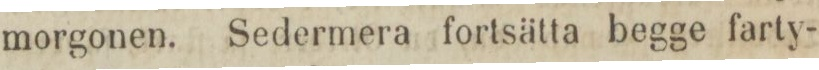
morgonen. Sedermera fortsätta begge farty-